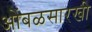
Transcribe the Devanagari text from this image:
आेंबळसारखी